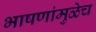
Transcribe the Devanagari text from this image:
भाषणांमुळेच